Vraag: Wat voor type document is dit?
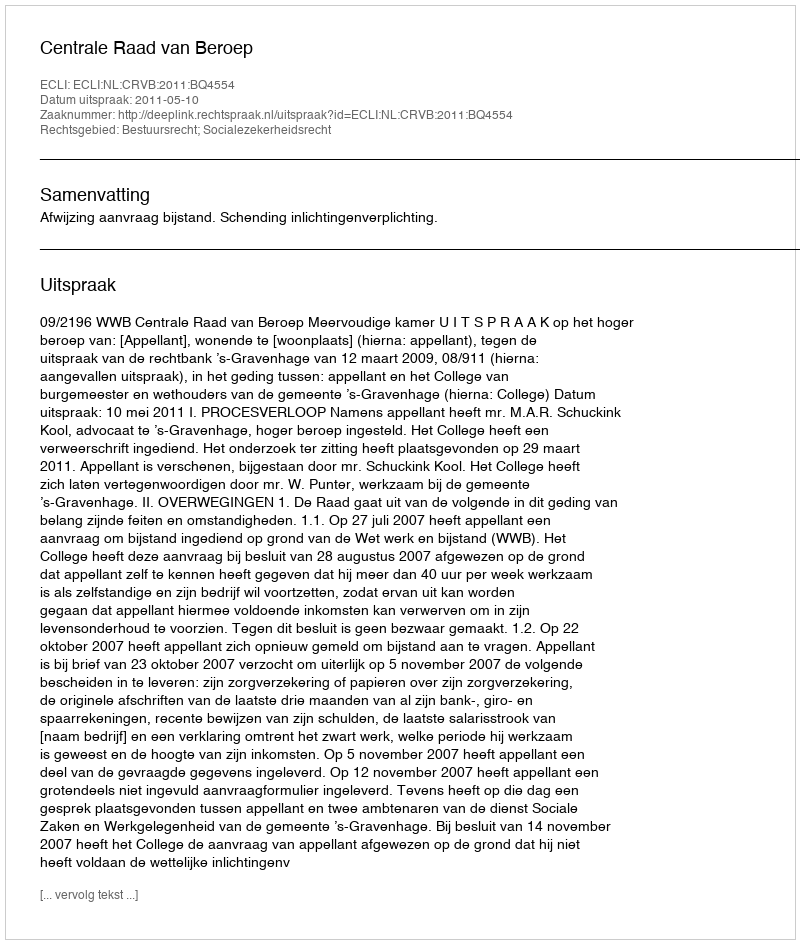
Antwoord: Uitspraak